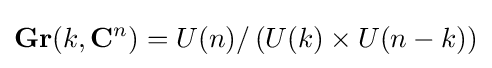
\mathbf {Gr} (k,\mathbf {C} ^{n})=U(n)/\left(U(k)\times U(n-k)\right)